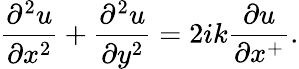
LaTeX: {\frac{\partial^{2}u}{\partial x^{2}}}+{\frac{\partial^{2}u}{\partial y^{2}}}=2ik{\frac{\partial u}{\partial x^{+}}}.